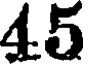
45